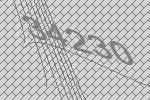
34230